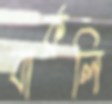
বার্কলি